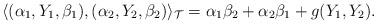
LaTeX: \begin{align*} \langle (\alpha_1, Y_1, \beta_1), (\alpha_2, Y_2, \beta_2) \rangle_{\mathcal{T}} = \alpha_1 \beta_2 + \alpha_2 \beta_1 + g(Y_1,Y_2). \end{align*}